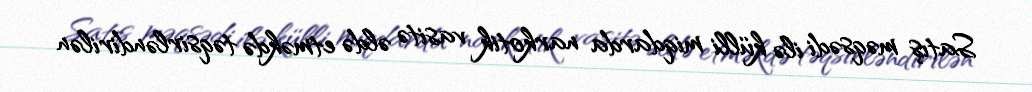
Satış məqsədi ilə külli miqdarda narkotik vasitə əldə etməkdə təqsirləndirilən